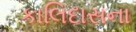
કાલિદાસના